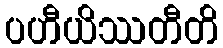
ပဟီယိဿတီတိ